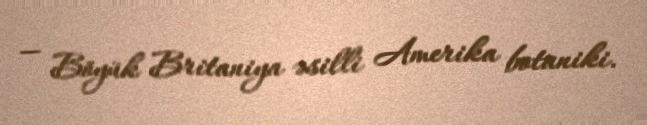
— Böyük Britaniya əsilli Amerika botaniki.